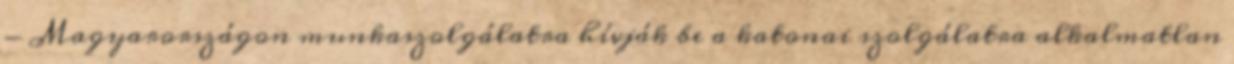
- Magyarországon munkaszolgálatra hívják be a katonai szolgálatra alkalmatlan